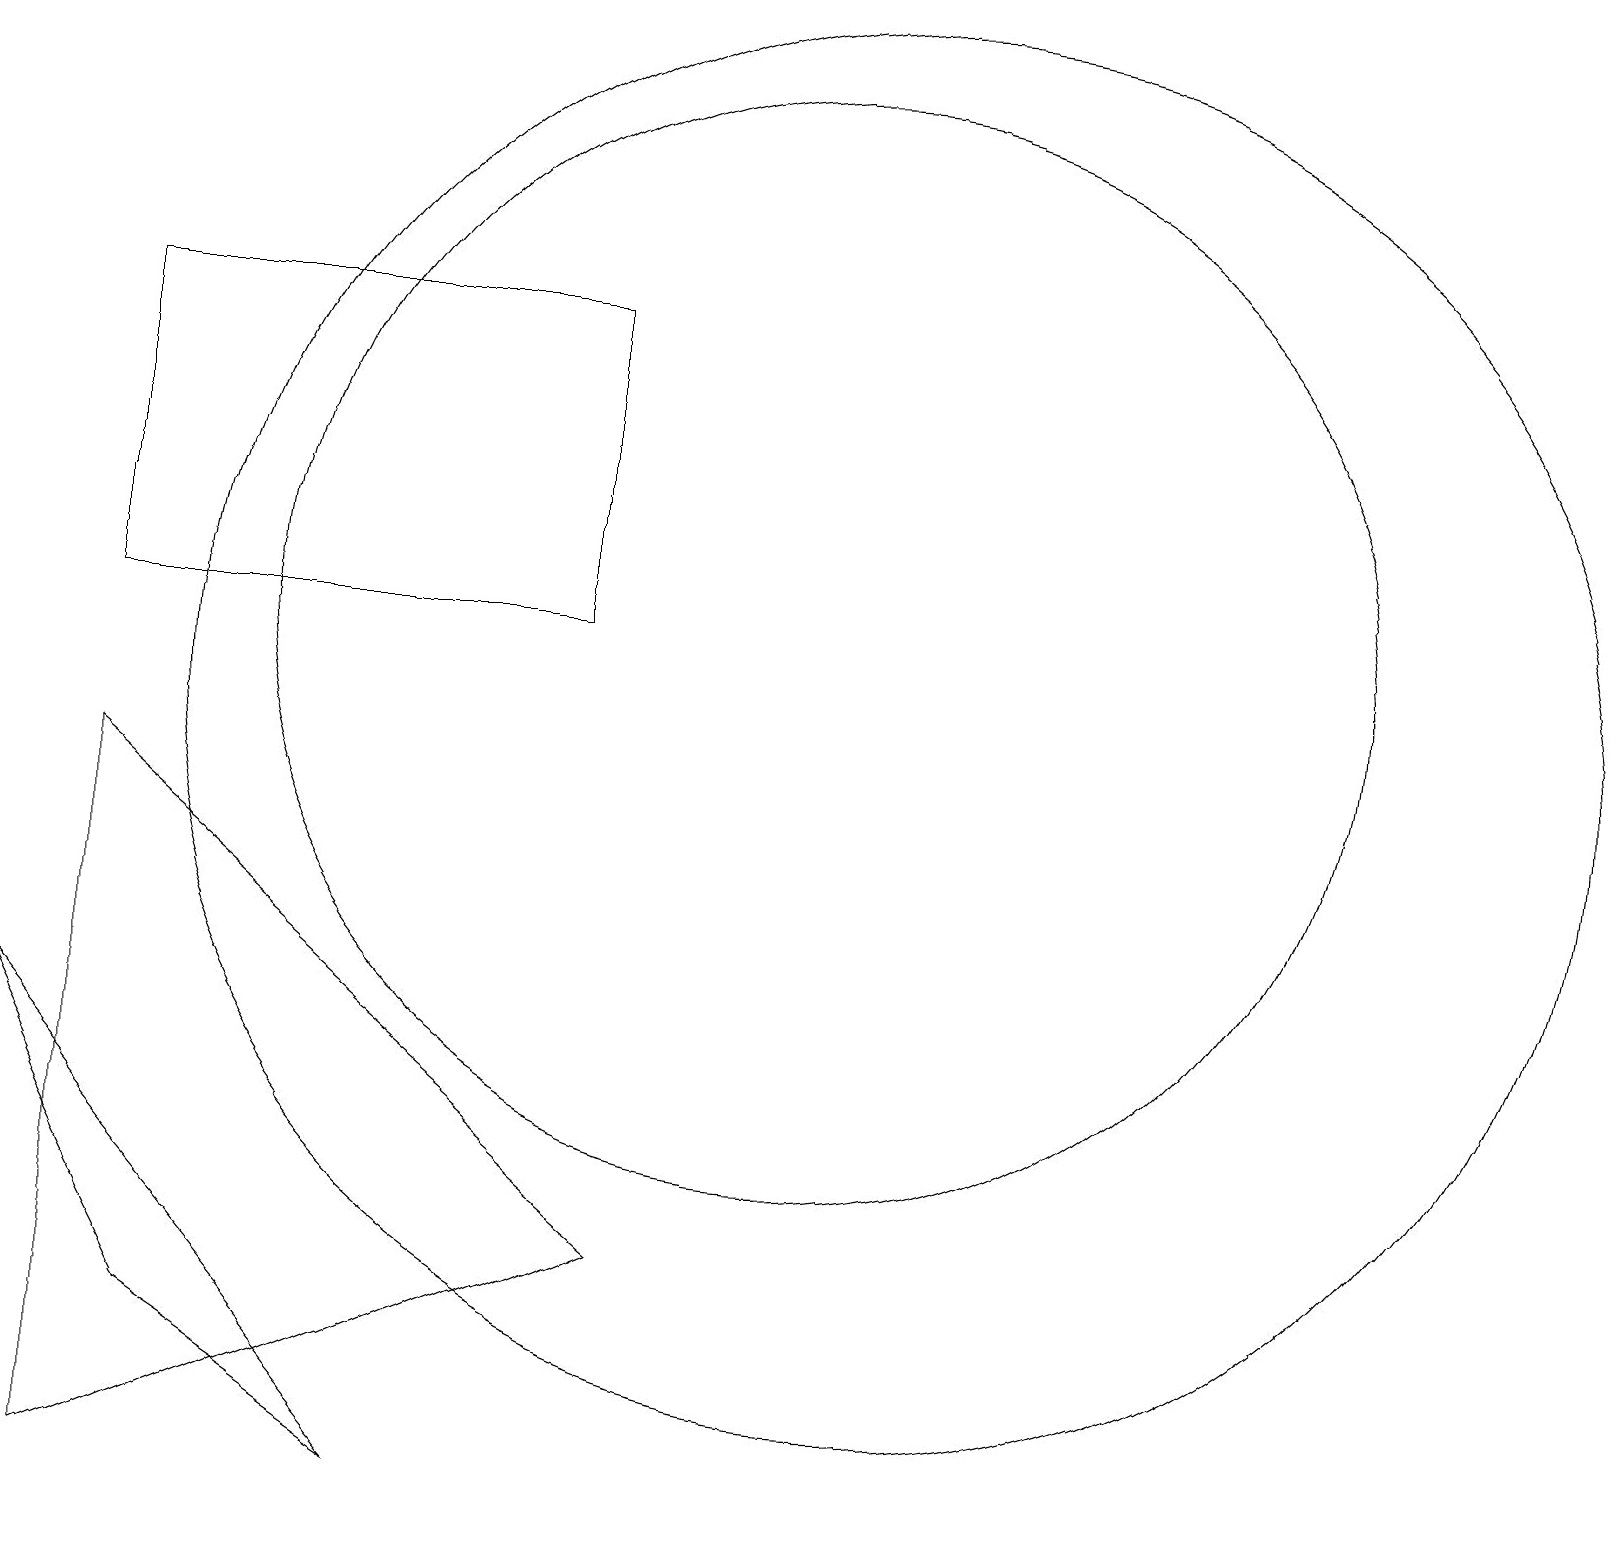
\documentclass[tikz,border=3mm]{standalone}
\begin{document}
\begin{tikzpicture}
\draw (11,11) circle (7);
\draw (2,9) -- (9,3) -- (2,0) -- cycle;
\draw (8,11) rectangle (2,15);
\draw (6,0) -- (1,6) -- (3,2) -- cycle;
\draw (12,10) circle (9);
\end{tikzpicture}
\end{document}